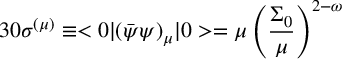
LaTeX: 3 0 \sigma ^ { ( \mu ) } \equiv < 0 \vert ( \bar { \psi } \psi ) _ { \mu } \vert 0 > = \mu \left( \frac { \Sigma _ { 0 } } { \mu } \right) ^ { 2 - \omega }